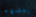
بعضهما